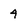
Character: 4